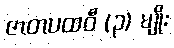
ဇာတပထဝီ (၃) မျိုး